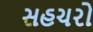
સહચરો